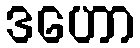
ဒဟော